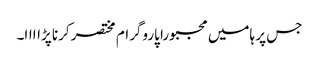
جس پر ہامیں مجبورا پاروگرام مختصر کرنا پڑاااا۔